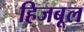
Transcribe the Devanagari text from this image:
हिजबूल